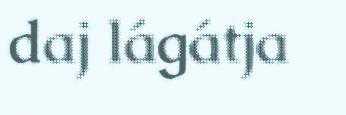
daj lágátja